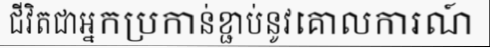
ជីវិតជាអ្នកប្រកាន់ខ្ជាប់នូវគោលការណ៍